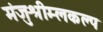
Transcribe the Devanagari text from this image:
मंजुश्रीम्लकल्प